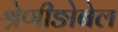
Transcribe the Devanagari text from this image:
श्रेणीङोबेल